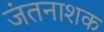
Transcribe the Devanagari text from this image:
जंतनाशक